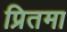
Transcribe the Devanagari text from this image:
प्रितमा